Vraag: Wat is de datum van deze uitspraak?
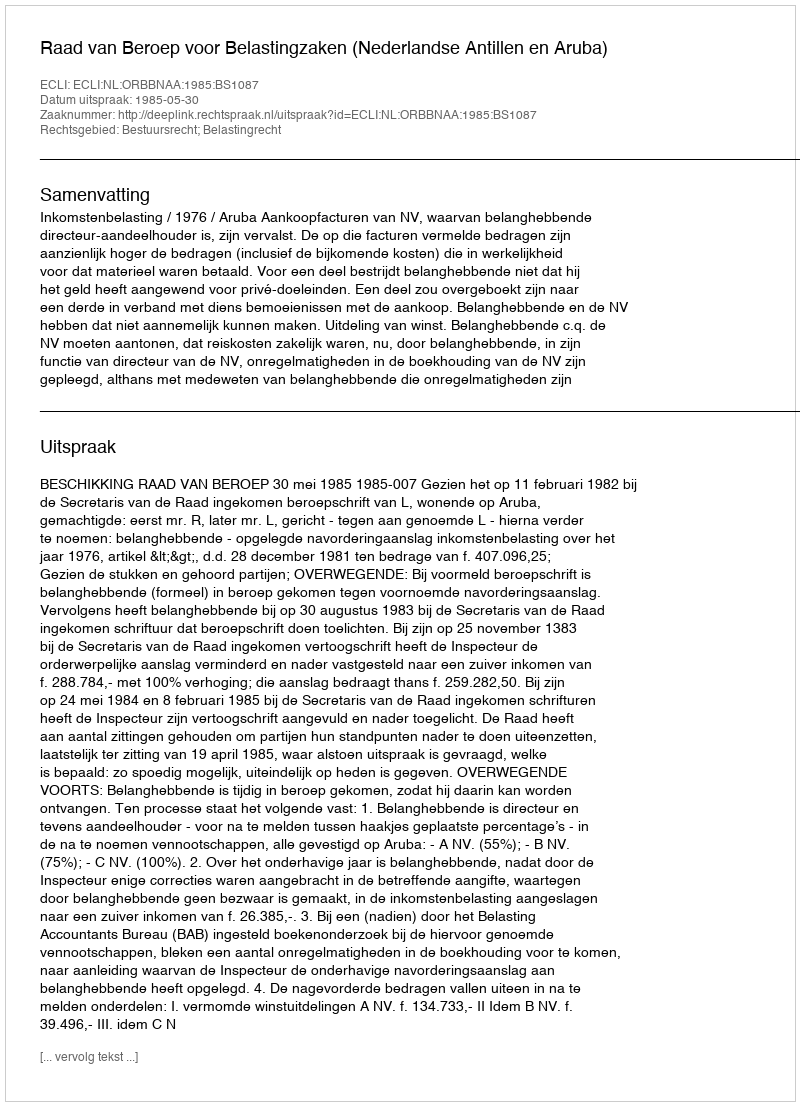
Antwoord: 1985-05-30